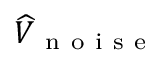
\widehat { V } _ { \mathrm { ~ n ~ o ~ i ~ s ~ e ~ } }